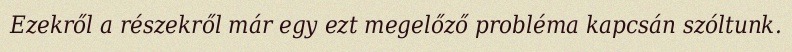
Ezekről a részekről már egy ezt megelőző probléma kapcsán szóltunk.